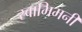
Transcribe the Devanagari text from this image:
स्वाभिमनी